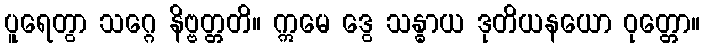
ပူရေတွာ သဂ္ဂေ နိဗ္ဗတ္တတိ။ ဣမေ ဒွေ သန္ဓာယ ဒုတိယနယော ဝုတ္တော။